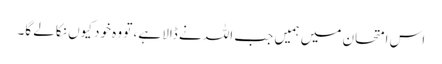
اس امتحان میں ہمیں جب اللہ نے ڈالا ہے، تو وہ خود کیوں نکالے گا۔